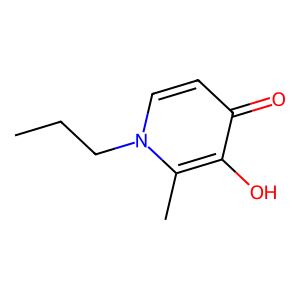
SMILES: CCCn1ccc(=O)c(O)c1C
Inhibits HIV replication: No